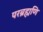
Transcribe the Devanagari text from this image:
परब्रह्मणि